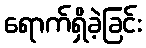
ရောက်ရှိခဲ့ခြင်း